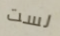
لست